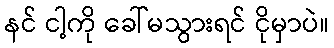
နင် ငါ့ကို ခေါ်မသွားရင် ငိုမှာပဲ။